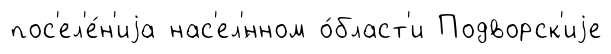
пос'ел'е́н'иjа нас'ел'́нном о́бласт'и Подворск'иjе